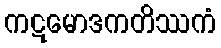
ကဋမောဒကတိဿကံ